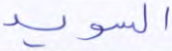
السويد